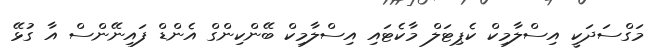
މަގްސަދަކީ އިސްލާމިކް ކެޕިޓަލް މާކެޓައި އިސްލާމިކް ބޭންކިންގް އެންޑް ފައިނޭންސް އާ ގުޅޭ